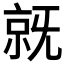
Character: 𣄵